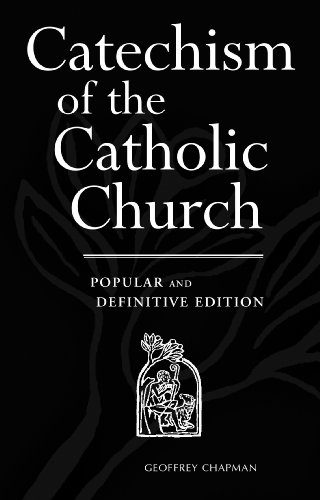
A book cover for Catechism Of The Catholic Church Popular Revised Edition; The Vatican; Christian Books & Bibles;